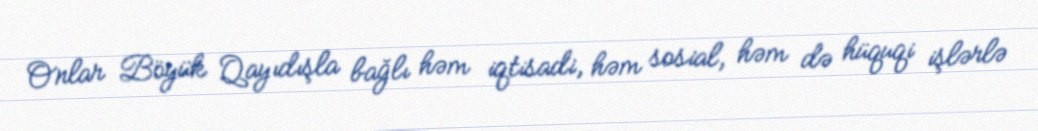
Onlar Böyük Qayıdışla bağlı həm iqtisadi, həm sosial, həm də hüquqi işlərlə